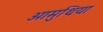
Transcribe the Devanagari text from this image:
ओमुथिया